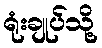
ရုံးချုပ်သို့